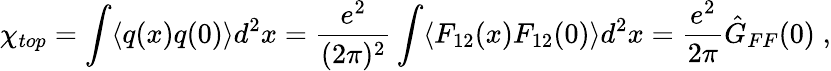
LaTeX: \chi_{top}=\int\langle q(x)q(0)\rangle d^{2}x=\frac{e^{2}}{(2\pi)^{2}}\int\langle F_{12}(x)F_{12}(0)\rangle d^{2}x=\frac{e^{2}}{2\pi}\hat{G}_{FF}(0)\; ,